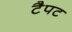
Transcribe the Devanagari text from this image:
टैपट